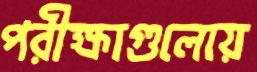
পরীক্ষাগুলোয়